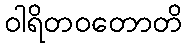
ဝါရိတဝတောတိ